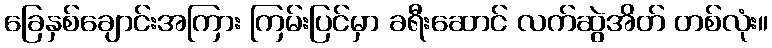
ခြေနှစ်ချောင်းအကြား ကြမ်းပြင်မှာ ခရီးဆောင် လက်ဆွဲအိတ် တစ်လုံး။